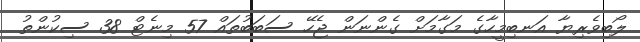
ލޯބިވެރިޔާ އަނބިމީހާގެ މަގާމަށް ގެންނަން ޖެހޭ ސަބަބުތައް 57 މިނެޓް 38 ސިކުންތު